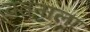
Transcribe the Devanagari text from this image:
वतनाला